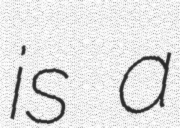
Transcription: is a